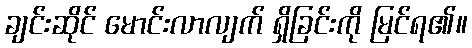
ချင်းဆိုင် မောင်းလာလျက် ရှိခြင်းကို မြင်ရ၏။